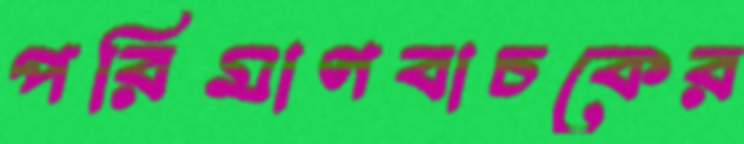
পরিমাণবাচকের